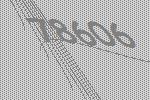
78606